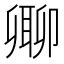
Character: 𠨥